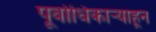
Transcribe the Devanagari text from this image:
पूर्वाधिकार्‍याहून